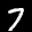
Label: 7